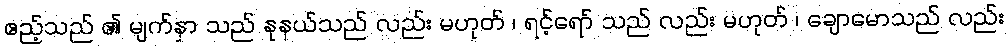
ဧည့်သည် ၏ မျက်နှာ သည် နုနယ်သည် လည်း မဟုတ် ၊ ရင့်ရော် သည် လည်း မဟုတ် ၊ ချောမောသည် လည်း